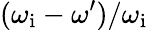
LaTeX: (\omega_{\mathrm{i}}-\omega^{\prime})/\omega_{\mathrm{i}}